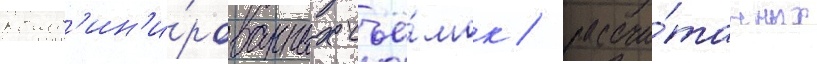
комб'ин'и́рованных съё́мок / рассчи́танных